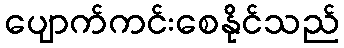
ပျောက်ကင်းစေနိုင်သည်